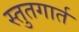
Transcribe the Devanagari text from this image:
स्तुतगार्त